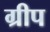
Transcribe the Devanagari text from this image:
ग्रीप